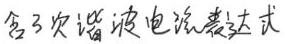
含3次谐波电流表达式